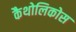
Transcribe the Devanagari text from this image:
कैथोलिकोस